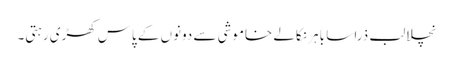
نچلا لب ذرا سا باہر نکالے خاموشی سے دونوں کے پاس کھڑی رہتی۔